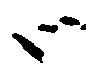
々